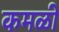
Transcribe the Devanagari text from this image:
कमळी